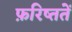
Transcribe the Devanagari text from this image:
फ़रिष्ततें